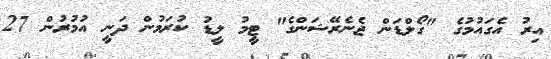
އިރު އެގައުމުގެ "ގޯލްޑަން ޖެނެރޭޝަންގެ" ޓީމު ލީޑު ކުރަމުން ދަނީ އުމުރުން 27